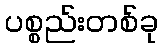
ပစ္စည်းတစ်ခု